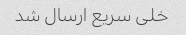
خلی سریع ارسال شد